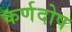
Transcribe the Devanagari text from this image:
कर्णदोष